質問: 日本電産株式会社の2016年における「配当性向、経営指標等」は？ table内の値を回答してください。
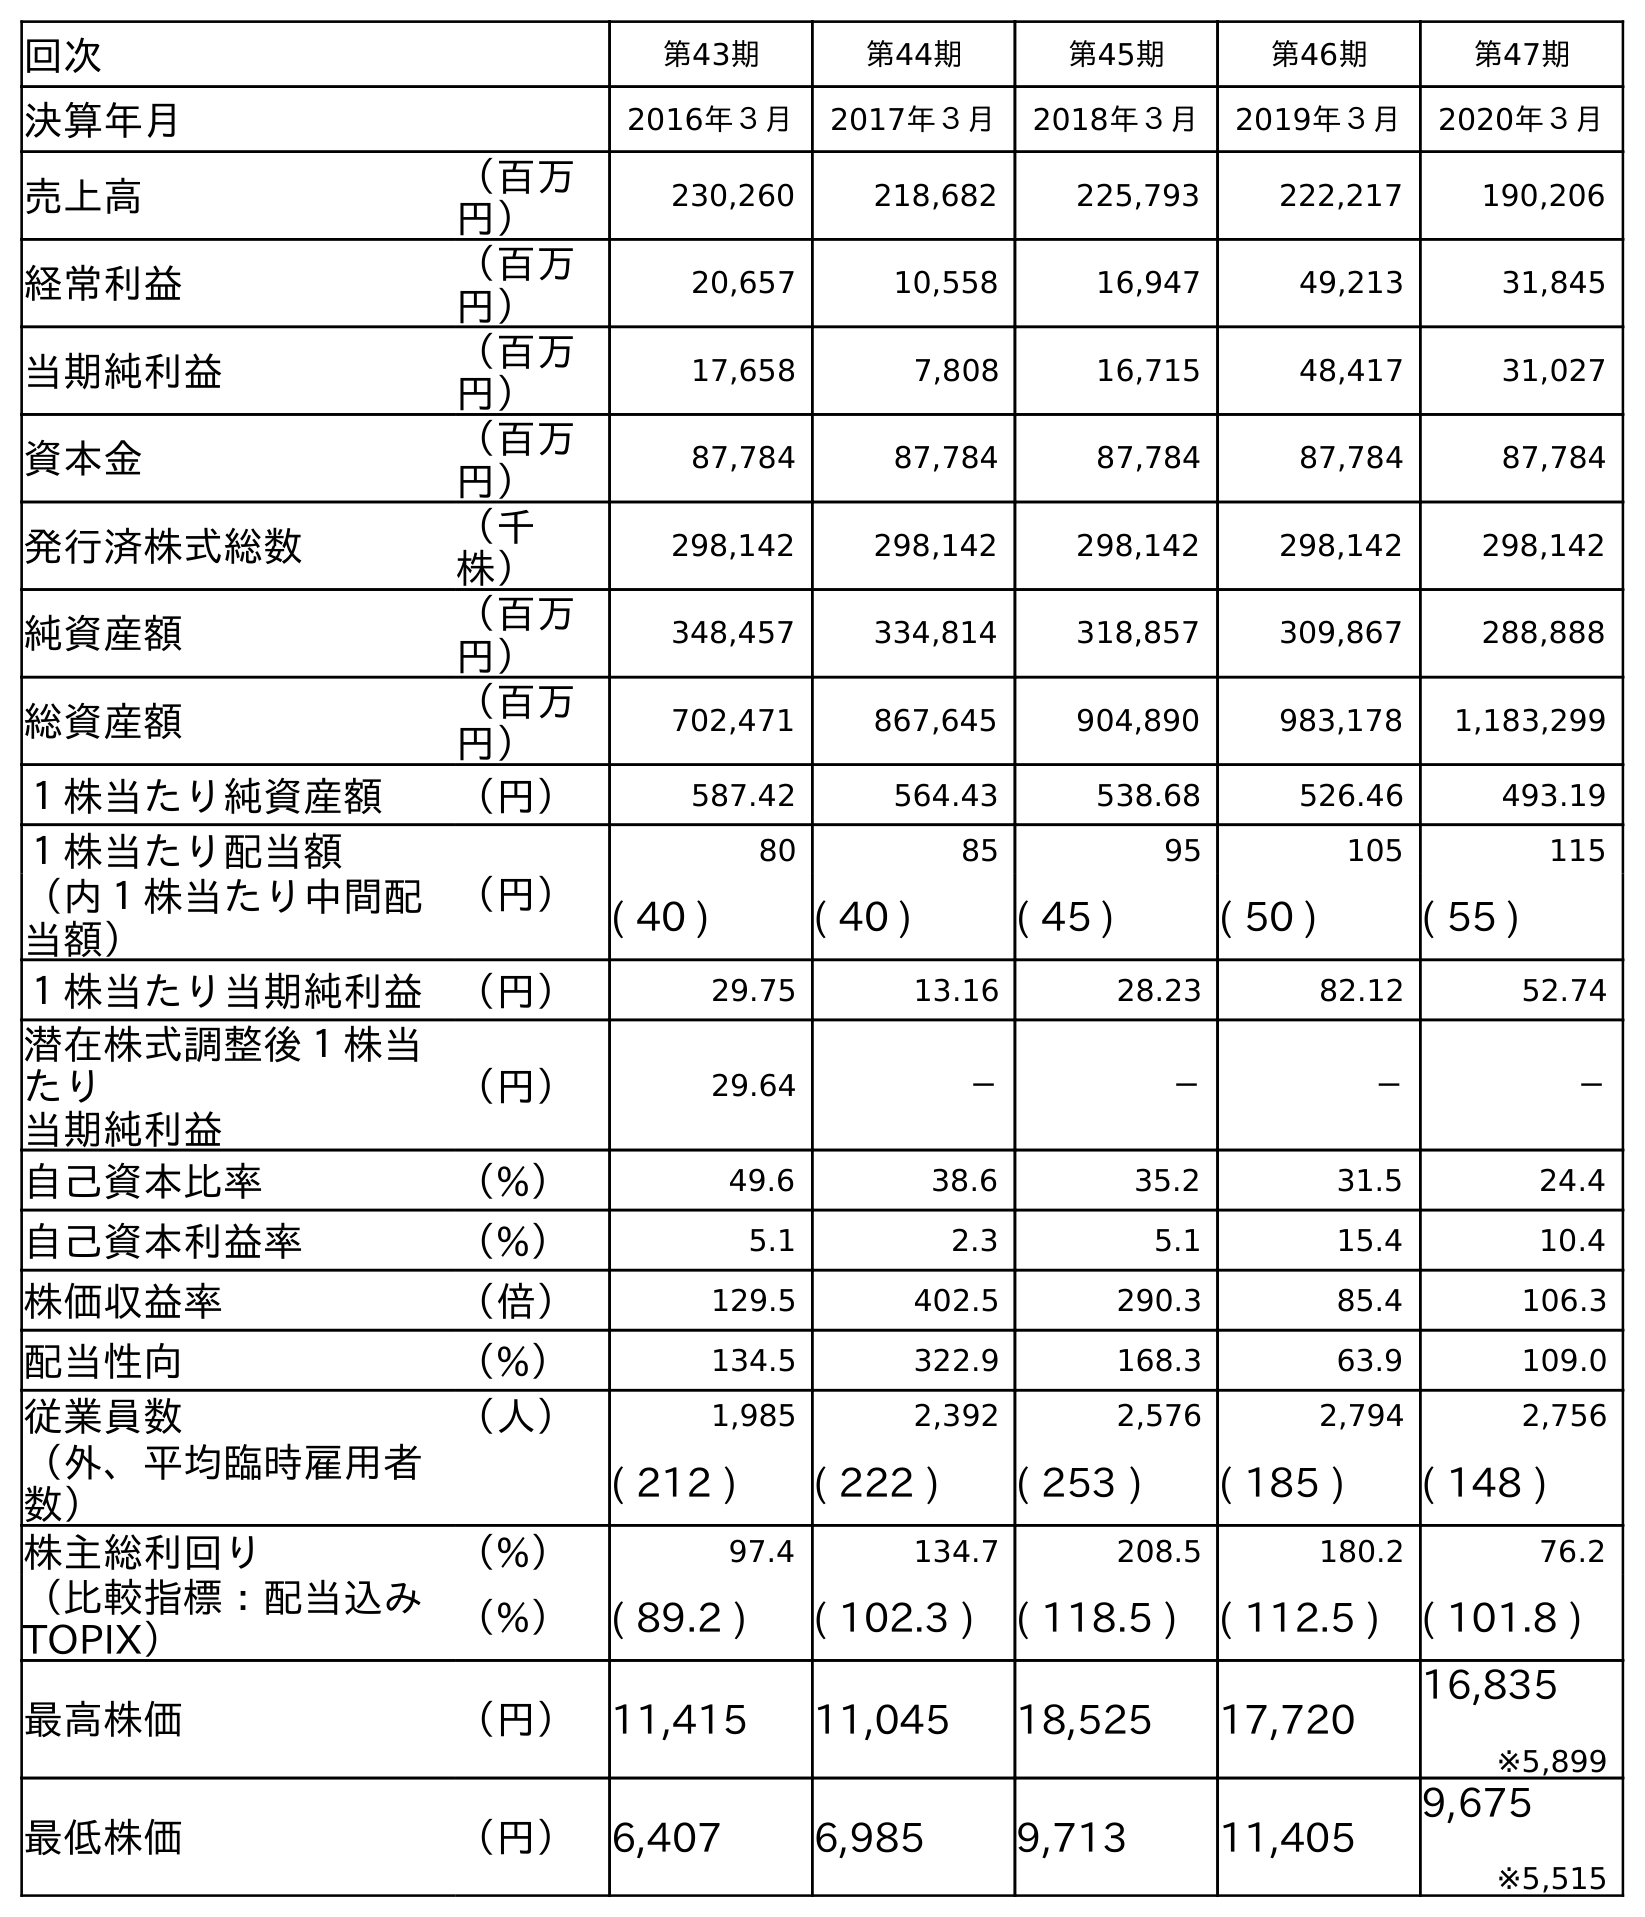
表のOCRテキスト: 回次 第43期 第44期 第45期 第46期 第47期 決算年月 2016年３月 2017年３月 2018年３月 2019年３月 2020年３月 売上高 （百万 円） 230,260 218,682 225,793 222,217 190,206 経常利益 （百万 円） 20,657 10,558 16,947 49,213 31,845 当期純利益 （百万 円） 17,658 7,808 16,715 48,417 31,027 資本金 （百万 円） 87,784 87,784 87,784 87,784 87,784 発行済株式総数 （千 株） 298,142 298,142 298,142 298,142 298,142 純資産額 （百万 円） 348,457 334,814 318,857 309,867 288,888 総資産額 （百万 円） 702,471 867,645 904,890 983,178 1,183,299 １株当たり純資産額 （円） 587.42 564.43 538.68 526.46 493.19 １株当たり配当額 （円） 80 85 95 105 115 （内１株当たり中間配 当額） ( 40 ) ( 40 ) ( 45 ) ( 50 ) ( 55 ) １株当たり当期純利益 （円） 29.75 13.16 28.23 82.12 52.74 潜在株式調整後１株当 たり 当期純利益 （円） 29.64 － － － － 自己資本比率 （%） 49.6 38.6 35.2 31.5 24.4 自己資本利益率 （%） 5.1 2.3 5.1 15.4 10.4 株価収益率 （倍） 129.5 402.5 290.3 85.4 106.3 配当性向 （%） 134.5 322.9 168.3 63.9 109.0 従業員数 （人） 1,985 2,392 2,576 2,794 2,756 （外、平均臨時雇用者 数） ( 212 ) ( 222 ) ( 253 ) ( 185 ) ( 148 ) 株主総利回り （%） 97.4 134.7 208.5 180.2 76.2 （比較指標：配当込み TOPIX） （%） ( 89.2 ) ( 102.3 ) ( 118.5 ) ( 112.5 ) ( 101.8 ) 最高株価 （円） 11,415 11,045 18,525 17,720 16,835 ※5,899 最低株価 （円） 6,407 6,985 9,713 11,405 9,675 ※5,515
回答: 134.5